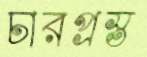
চারপ্রস্ত